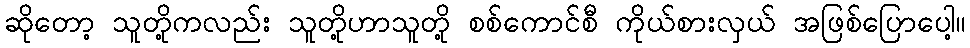
ဆိုတော့ သူတို့ကလည်း သူတို့ဟာသူတို့ စစ်ကောင်စီ ကိုယ်စားလှယ် အဖြစ်ပြောပေါ့။